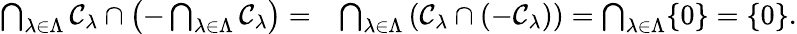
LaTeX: \begin{array}{rl}{\bigcap_{\lambda\in\Lambda}\mathcal{C}_{\lambda}\cap\left(-\bigcap_{\lambda\in\Lambda}\mathcal{C}_{\lambda}\right)=}&{\bigcap_{\lambda\in\Lambda}\left(\mathcal{C}_{\lambda}\cap(-\mathcal{C}_{\lambda})\right)=\bigcap_{\lambda\in\Lambda}\{ 0\} =\{ 0\} .}\end{array}